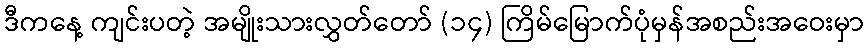
ဒီကနေ့ ကျင်းပတဲ့ အမျိုးသားလွှတ်တော် (၁၄) ကြိမ်မြောက်ပုံမှန်အစည်းအဝေးမှာ